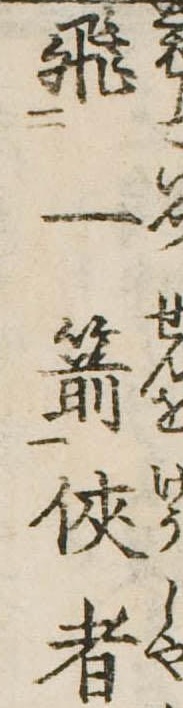
飛一箭侠者